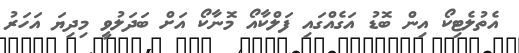
އެތުލެޓިކޯ އިން ބޮޑު އަގެއްގައި ފަލްކާއޯ މޮނާކޯ އަށް ބަދަލުވީ މިދިޔަ އަހަރު